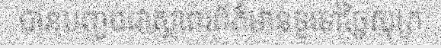
បានបញ្ចប់ជាស្ថាពរព័ត៌មានទូទៅថ្ងៃសុក្រ